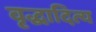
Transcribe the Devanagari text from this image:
वृद्धादित्य